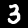
Label: 3